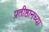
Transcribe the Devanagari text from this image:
प्रतीष्ठानच्या